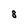
Character: 8